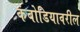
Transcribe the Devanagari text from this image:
कंबोडियावरील